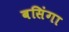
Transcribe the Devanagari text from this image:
बसिंगा